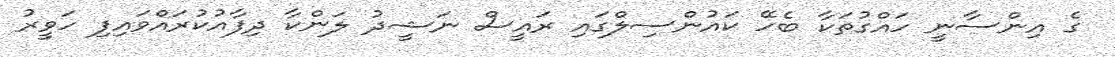
ގެ އިންސާނީ ހައްގުތަކާ ބެހޭ ކައުންސިލްގައި ރައީސް ނަޝީދު ލަންކާ ދިފާއުކުރައްވައިފި ހަވީރު